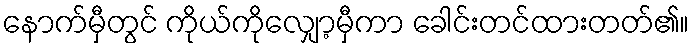
နောက်မှီတွင် ကိုယ်ကိုလျှော့မှီကာ ခေါင်းတင်ထားတတ်၏။